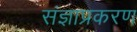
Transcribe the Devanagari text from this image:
संज्ञाप्रकरण